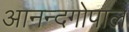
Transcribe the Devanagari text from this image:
आनन्दगोपाल